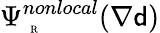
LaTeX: \Psi_{\mathrm{~\tiny~R~}}^{nonlocal}(\nabla{\mathsf{d}})